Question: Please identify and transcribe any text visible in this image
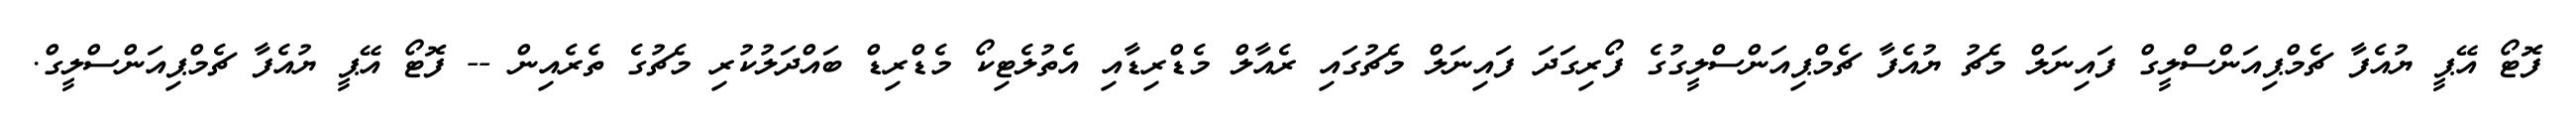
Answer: ފޮޓޯ އޭޕީ ޔުއެފާ ޗެމްޕިއަންސްލީގް ފައިނަލް މެޗު ޔުއެފާ ޗެމްޕިއަންސްލީގުގެ ފޯރިގަދަ ފައިނަލް މެޗުގައި ރެއާލް މެޑްރިޑާއި އެތުލެޓިކޯ މެޑްރިޑް ބައްދަލުކުރި މެޗުގެ ތެރެއިން -- ފޮޓޯ އޭޕީ ޔުއެފާ ޗެމްޕިއަންސްލީގް.